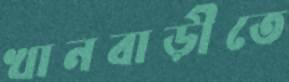
খানবাড়ীতে